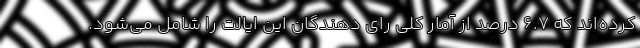
کرده‌اند که 6.7 درصد از آمار کلی رای دهندگان این ایالت را شامل می‌شود.